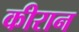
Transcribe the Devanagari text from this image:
कीरान